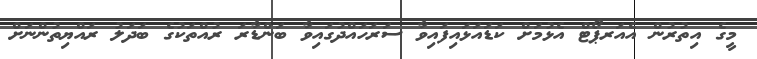
މީގެ އިތުރުން އެއަރޕޯޓް އެޅުމަށް ކަޑައަޅައިފައިވާ ސަރަހައްދުގައިވާ ބަންޑާރަ ރުއްތަކުގެ ބަދަލު ރައްޔިތުންނަށް